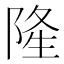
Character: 𨺓